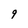
Character: 9